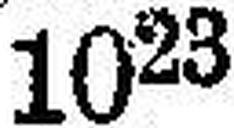
1023